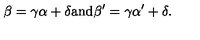
\beta = \gamma \alpha + \delta \mathrm { a n d } \beta ^ { \prime } = \gamma \alpha ^ { \prime } + \delta .